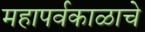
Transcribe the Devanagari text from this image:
महापर्वकाळाचे